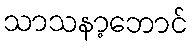
သာသနာ့ဘောင်